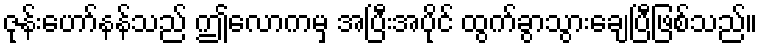
ဇုန်းဟော်နန်သည် ဤလောကမှ အပြီးအပိုင် ထွက်ခွာသွားချေပြီဖြစ်သည်။